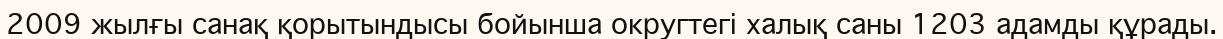
2009 жылғы санақ қорытындысы бойынша округтегі халық саны 1203 адамды құрады.